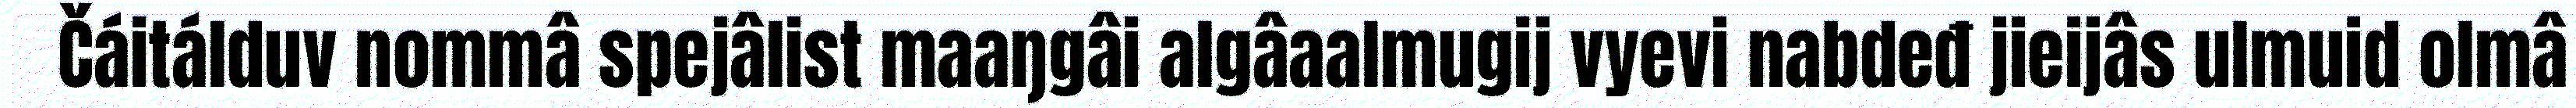
Čáitálduv nommâ spejâlist maaŋgâi algâaalmugij vyevi nabdeđ jieijâs ulmuid olmâ